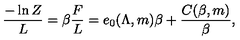
{ \frac { - \ln Z } { L } } = \beta { \frac { F } { L } } = e _ { 0 } ( \Lambda , m ) \beta + { \frac { C ( \beta , m ) } { \beta } } ,